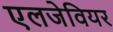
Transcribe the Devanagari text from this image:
एलजेवियर